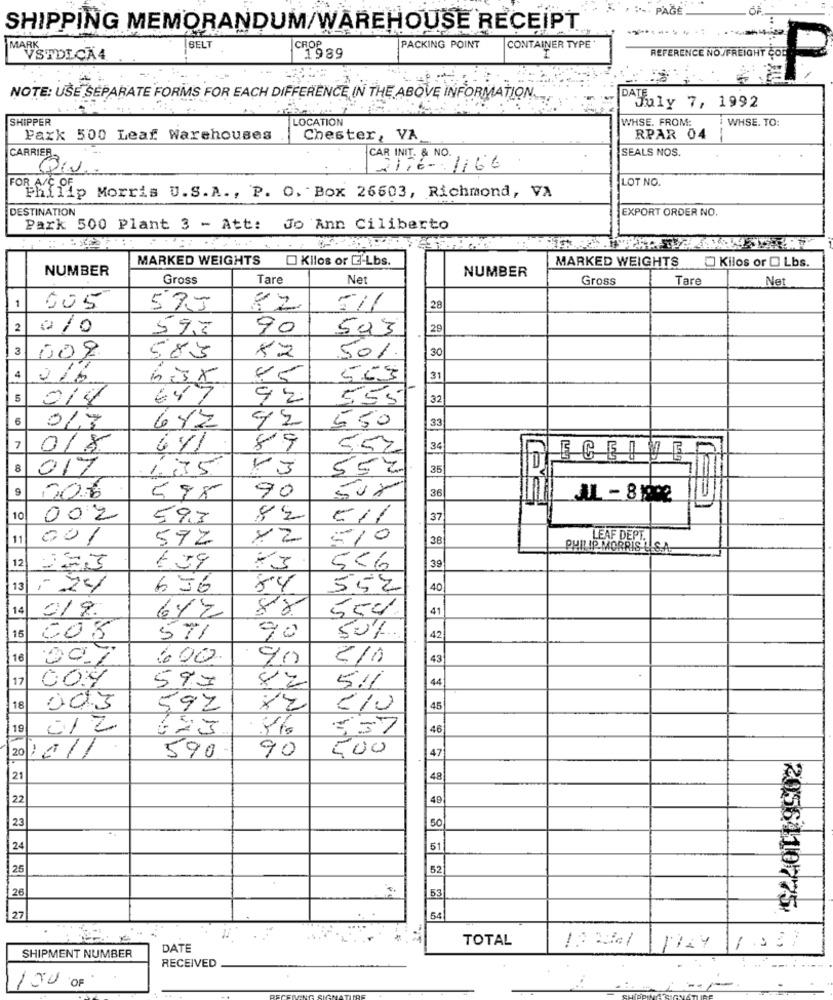
· PAĞÈ
SHIPPING MEMORANDUM/WAREHOUSE RECEIPT
BELT
CROP
PACKING POINT
CONTAINER TYPE
AVSTDICA4.
1989
REFERENCE NO/FREIGHT COL
NOTE: USE SEPARATE FORMS FOR EACH DIFFERENCE IN THE ABOVE INFORMATION.
DAJuly 7, 1992
SHIPPER
LOCATION
WHSE. FROM:
WHSE. TO:
Paxk 500 Leaf Warehouses
Chester, VA
RPAR 04
SEALS NOS.
CARRIER
CAR INIT. & NO.
Ali6- 1166
Div ..
LOT NO.
Philip Morris U.S. A ., P. O. Box 26603, Richmond, VA
DESTINATION
EXPORT ORDER NO.
Park 500 Plant 3 - Att: Jo Ann Ciliberto
MARKED WEIGHTS
O Kilos or E-Lbs.
NUMBER
NUMBER
MARKED WEIGHTS
Kilos or O Lbs.
Gross
Tare
Net
Gross
Tare
Net
1
005
575
28
2
0/0
59,3
90
503
29
3
009
583
50%
30
4
216
bisx
563
31
5
014
647
92
555
32
6
013
642
92
550
3
7
018
89
5.52
34
ECEIVEY
8
017
1.175
VJ
55%
35
598
90
36
10
002
593
82
37
11
001
572
×2
570
38
LEAF DEPT.
PHILIP MORRIS L
12
159
556
39
13
: 24
656
84
552
40
14
88
550
41
019
612
50%
15
008
571
90
42
16
00.7
600
90
43
17
004
44
597
5.11
18
003
592
45
19
012
623
== 7
46
20
1011
500
47
590
90
21
48
22
49
23
50
24
51
25
52
26
53
2056410775
27
54
TOTAL
DATE
SHIPMENT NUMBER
RECEIVED
150 OF